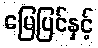
မြေပြင်နှင့်